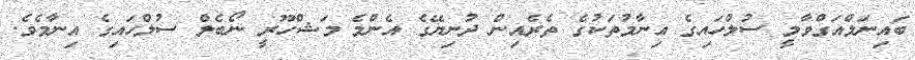
ބައިނަލްއަގްވާމީ ސުލްހައިގެ އިނާމުތަކުގެ ތެރެއިން ދުނިޔޭގެ އެންމެ މަޝްހޫރީ ނޯބެލް ސުލްހައިގެ އިނާމެވެ.